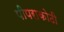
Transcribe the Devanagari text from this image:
पीपराकोठी